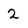
Character: 2